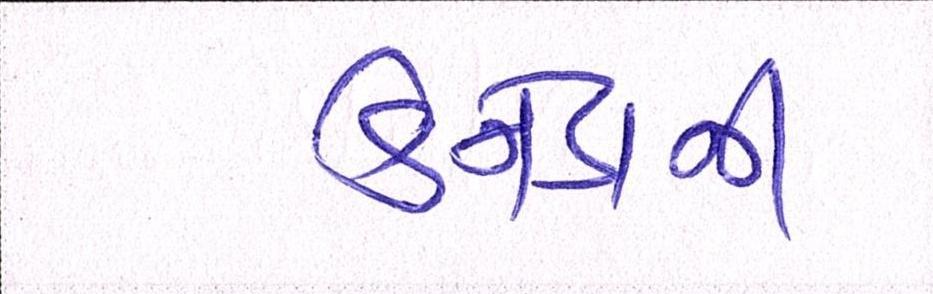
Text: કેનેડાની